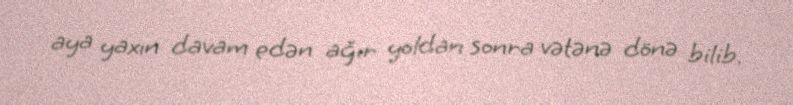
aya yaxın davam edən ağır yoldan sonra vətənə dönə bilib.